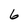
Character: 6